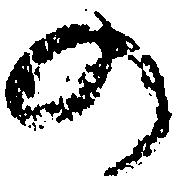
の